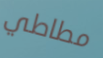
مطاطي